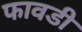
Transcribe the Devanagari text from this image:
फावडी